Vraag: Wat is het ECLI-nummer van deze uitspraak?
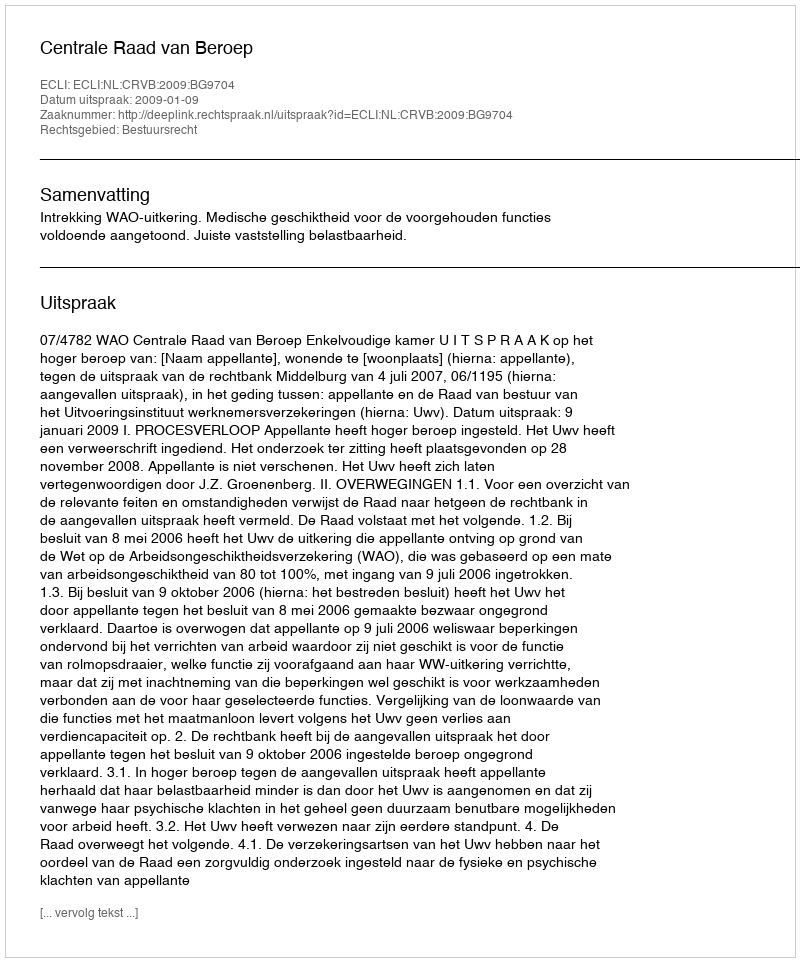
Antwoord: ECLI:NL:CRVB:2009:BG9704